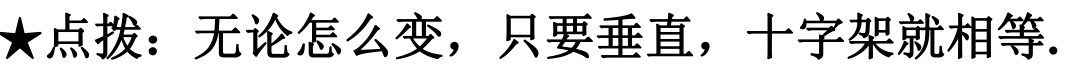
★点拨：无论怎么变，只要垂直，十字架就相等.